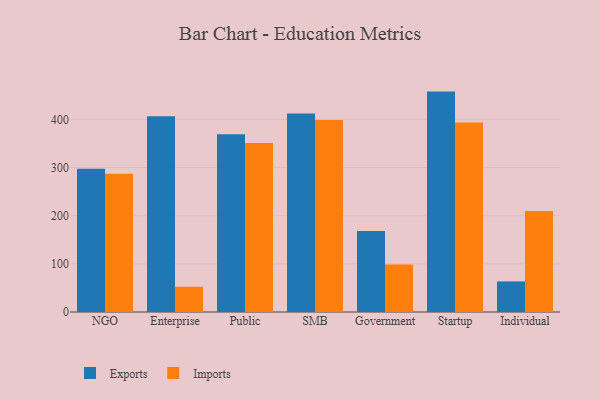
{"axis": {"x": "Segment", "y": "Headcount"}, "legend": ["Exports", "Imports"], "data": [{"x": "NGO", "y": 297.5, "type": "Exports"}, {"x": "NGO", "y": 287.3, "type": "Imports"}, {"x": "Enterprise", "y": 406.7, "type": "Exports"}, {"x": "Enterprise", "y": 52.4, "type": "Imports"}, {"x": "Public", "y": 369.1, "type": "Exports"}, {"x": "Public", "y": 350.8, "type": "Imports"}, {"x": "SMB", "y": 412.3, "type": "Exports"}, {"x": "SMB", "y": 398.6, "type": "Imports"}, {"x": "Government", "y": 168.1, "type": "Exports"}, {"x": "Government", "y": 98.9, "type": "Imports"}, {"x": "Startup", "y": 457.8, "type": "Exports"}, {"x": "Startup", "y": 393.4, "type": "Imports"}, {"x": "Individual", "y": 63.5, "type": "Exports"}, {"x": "Individual", "y": 209.8, "type": "Imports"}]}